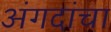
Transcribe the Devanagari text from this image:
अंगदांचा